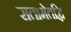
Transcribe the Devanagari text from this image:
सतामेतद्धि